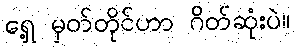
ရှေ့ မှတ်တိုင်ဟာ ဂိတ်ဆုံးပဲ။